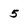
Character: 5